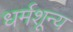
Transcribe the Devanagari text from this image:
धर्मशून्य